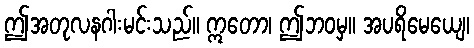
ဤအတုလနဂါးမင်းသည်။ ဣတော၊ ဤဘဝမှ။ အပရိမေယျေ၊